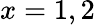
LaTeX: x=1,2